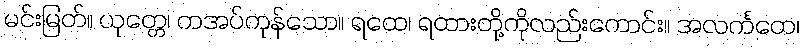
မင်းမြတ်။ ယုတ္တေ၊ ကအပ်ကုန်သော။ ရထေ၊ ရထားတို့ကိုလည်းကောင်း။ အလင်္ကတေ၊